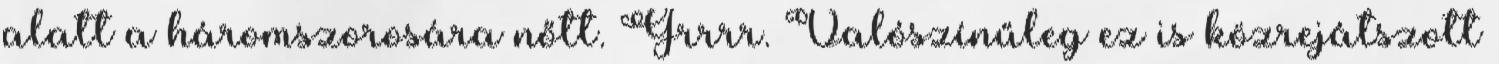
alatt a háromszorosára nőtt. Grrrr. Valószínűleg ez is közrejátszott